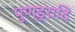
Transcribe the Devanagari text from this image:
पुण्ड्रादि